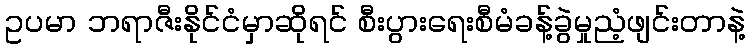
ဥပမာ ဘရာဇီးနိုင်ငံမှာဆိုရင် စီးပွားရေးစီမံခန့်ခွဲမှုညံ့ဖျင်းတာနဲ့